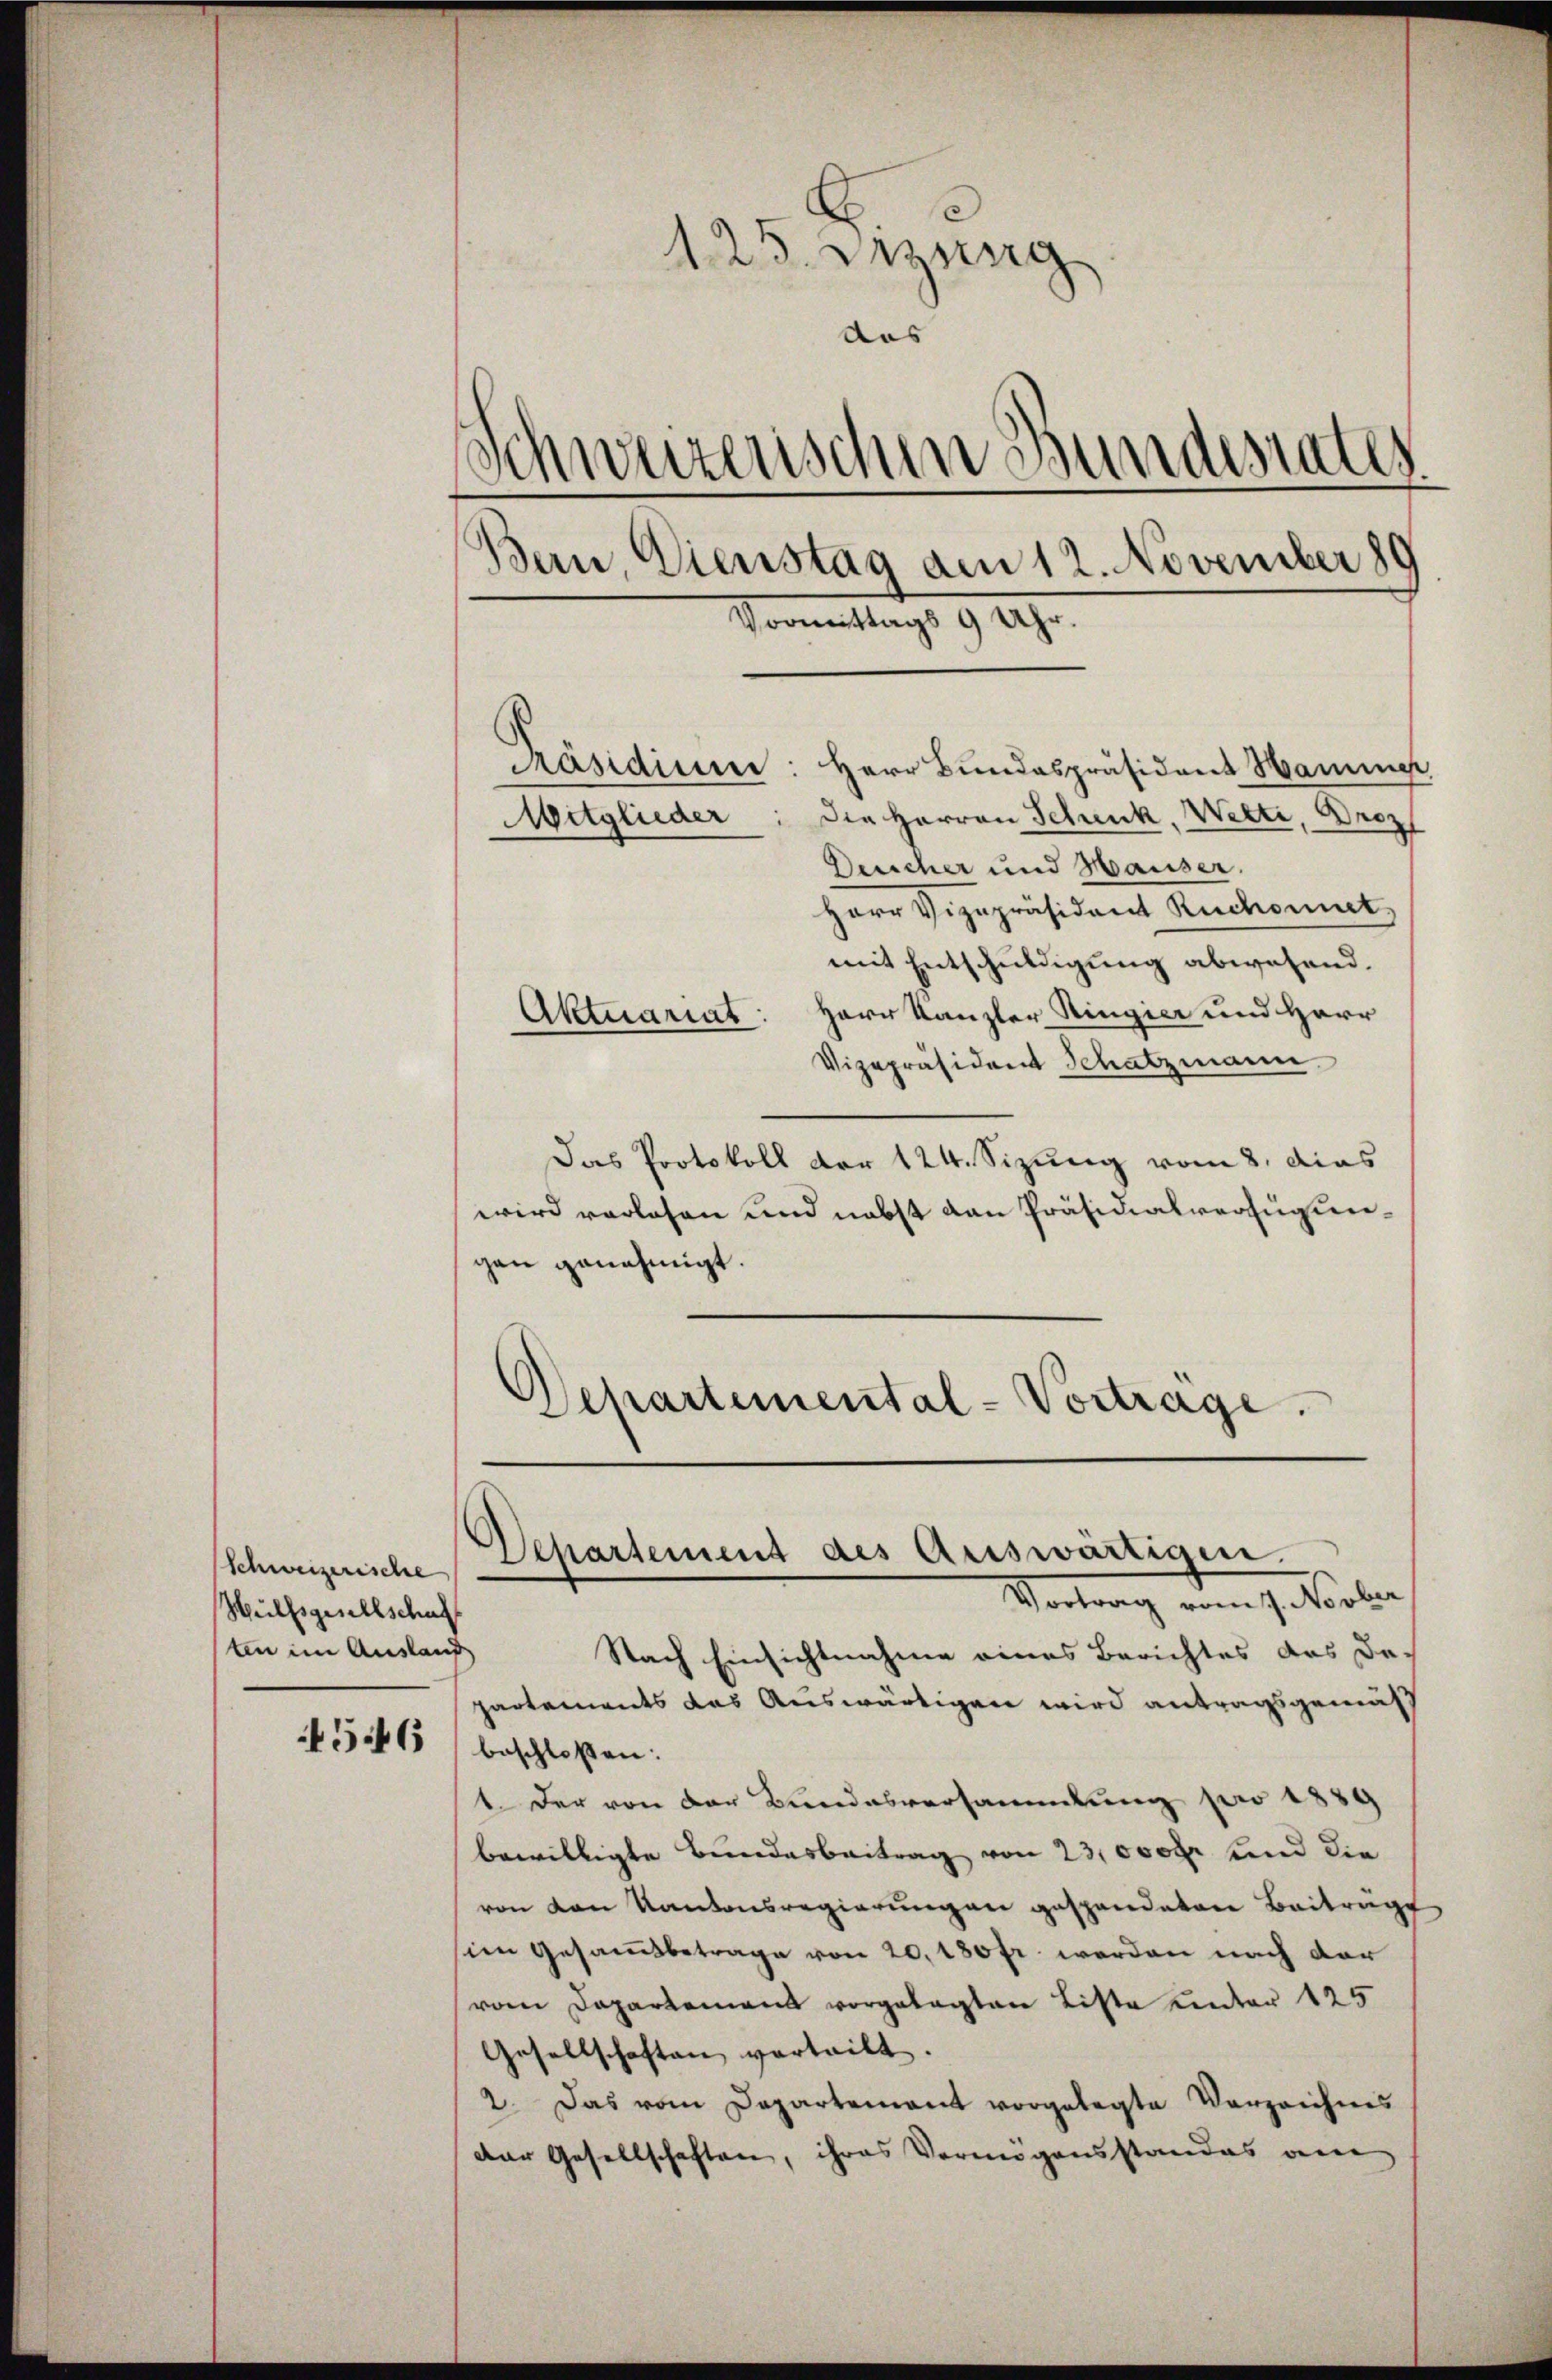
Schweizerische
Hülfsgesellschaf
ten im Auslauf

4546

125. Dezung
das
Schweizerischen Bundesrates
Bern, Dienstag am 12. November 80
Vormittags 9 Uhr.

Präsidium: Herr Bundespräsident Hammer
Die Herren Schenk, Welti, Droz
Deucher und Hauser,
Herr Vizepräsident Ruchonnet
mit Entschuldigung abwesend.
Herr Kanzler Ringier und Herr
Vizepräsident Schatzmann.
Das Protokoll der 124. Sizung vom 8. dies
wird verlesen und nebst dan Präsidialverfügungen genehmigt.
Schartemental-Vortrage.

Mitglieder

Aktuariat:

Departement des Auswärtigen.
Vortrag vom 1. Novber

Nach Einsichtnahme eines Berichtes des Departements das Auswärtigen wird antragsgemäß
beschlossen:
1. Der von der Bundesversammlung pro 1889
bewilligte Bundesbeitrag von 23,000 fr und die
von von Kantonsregierungen gespendeten Beitrage
sien Gesammtbetrage von 20, 180 fr. werden nach der
(vom Departement vorgelegten Liste unter 125
Gesellschaften verteilt.
2. Das vom Departement vorgelegte Verzeichnis
der Gesellschaften, ihres Vermögensstandes am